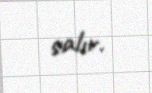
salır.